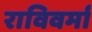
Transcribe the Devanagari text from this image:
राविवर्मा